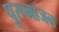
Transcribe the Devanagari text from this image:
पूरूभाजन